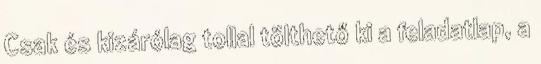
Csak és kizárólag tollal tölthető ki a feladatlap, a